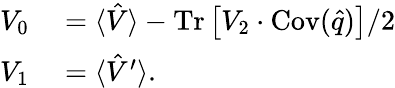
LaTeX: \begin{array}{rl}{V_{0}}&{{}=\langle\hat{V}\rangle-\operatorname{Tr}\left[V_{2}\cdot\operatorname{Cov}(\hat{q})\right]/2}\\ {V_{1}}&{{}=\langle\hat{V}^{\prime}\rangle.}\end{array}